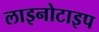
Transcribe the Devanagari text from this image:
लाइनोटाइप